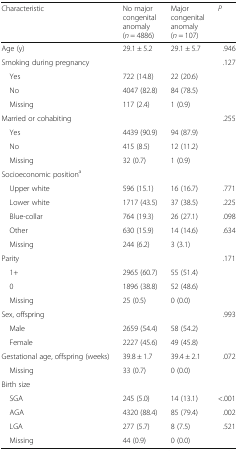
<table><thead><tr><td><b>Characteristic</b></td><td><b>No major congenital anomaly (<i>n</i> = 4886)</b></td><td><b>Major congenital anomaly(<i>n</i> = 107)</b></td><td><b><i>P</i></b></td></tr></thead><tbody><tr><td>Age (y)</td><td>29.1 ± 5.2</td><td>29.1 ± 5.7</td><td>.946</td></tr><tr><td>Smoking during pregnancy</td><td></td><td></td><td>.127</td></tr><tr><td> Yes</td><td>722 (14.8)</td><td>22 (20.6)</td><td></td></tr><tr><td> No</td><td>4047 (82.8)</td><td>84 (78.5)</td><td></td></tr><tr><td> Missing</td><td>117 (2.4)</td><td>1 (0.9)</td><td></td></tr><tr><td>Married or cohabiting</td><td></td><td></td><td>.255</td></tr><tr><td> Yes</td><td>4439 (90.9)</td><td>94 (87.9)</td><td></td></tr><tr><td> No</td><td>415 (8.5)</td><td>12 (11.2)</td><td></td></tr><tr><td> Missing</td><td>32 (0.7)</td><td>1 (0.9)</td><td></td></tr><tr><td>Socioeconomic position<sup>a</sup></td><td></td><td></td><td></td></tr><tr><td> Upper white</td><td>596 (15.1)</td><td>16 (16.7)</td><td>.771</td></tr><tr><td> Lower white</td><td>1717 (43.5)</td><td>37 (38.5)</td><td>.225</td></tr><tr><td> Blue-collar</td><td>764 (19.3)</td><td>26 (27.1)</td><td>.098</td></tr><tr><td> Other</td><td>630 (15.9)</td><td>14 (14.6)</td><td>.634</td></tr><tr><td> Missing</td><td>244 (6.2)</td><td>3 (3.1)</td><td></td></tr><tr><td>Parity</td><td></td><td></td><td>.171</td></tr><tr><td> 1+</td><td>2965 (60.7)</td><td>55 (51.4)</td><td></td></tr><tr><td> 0</td><td>1896 (38.8)</td><td>52 (48.6)</td><td></td></tr><tr><td> Missing</td><td>25 (0.5)</td><td>0 (0.0)</td><td></td></tr><tr><td>Sex, offspring</td><td></td><td></td><td>.993</td></tr><tr><td> Male</td><td>2659 (54.4)</td><td>58 (54.2)</td><td></td></tr><tr><td> Female</td><td>2227 (45.6)</td><td>49 (45.8)</td><td></td></tr><tr><td>Gestational age, offspring (weeks)</td><td>39.8 ± 1.7</td><td>39.4 ± 2.1</td><td>.072</td></tr><tr><td> Missing</td><td>33 (0.7)</td><td>0 (0.0)</td><td></td></tr><tr><td>Birth size</td><td></td><td></td><td></td></tr><tr><td> SGA</td><td>245 (5.0)</td><td>14 (13.1)</td><td>&lt;.001</td></tr><tr><td> AGA</td><td>4320 (88.4)</td><td>85 (79.4)</td><td>.002</td></tr><tr><td> LGA</td><td>277 (5.7)</td><td>8 (7.5)</td><td>.521</td></tr><tr><td> Missing</td><td>44 (0.9)</td><td>0 (0.0)</td><td></td></tr></tbody></table>